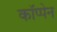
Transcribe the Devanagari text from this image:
कॉप्पेन